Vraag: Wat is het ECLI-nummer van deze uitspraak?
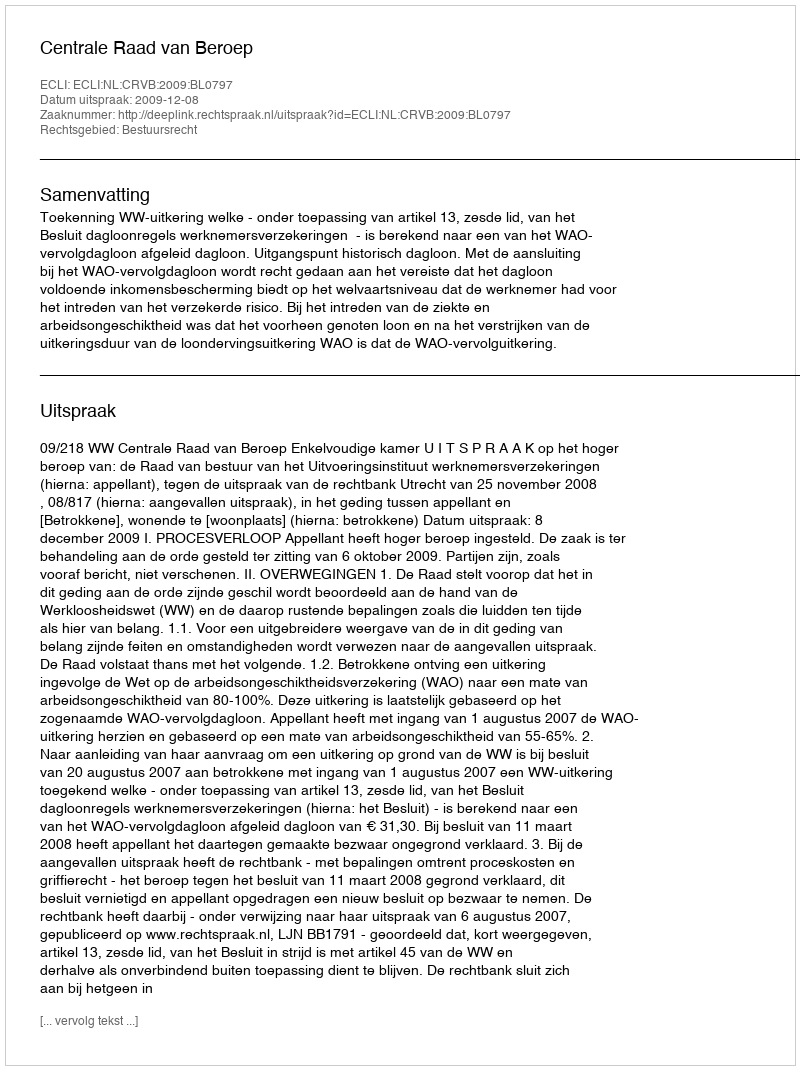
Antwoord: ECLI:NL:CRVB:2009:BL0797